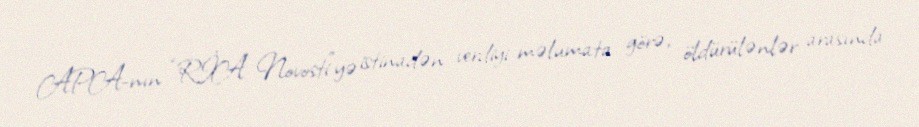
APA-nın “RİA Novosti”yə istinadən verdiyi məlumata görə, öldürülənlər arasında